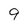
Character: 9